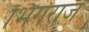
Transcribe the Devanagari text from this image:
भिंगराज